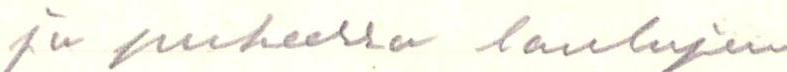
ja puheessa laulujen